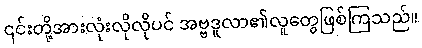
၎င်းတို့အားလုံးလိုလိုပင် အဗ္ဗဒူလာ၏လူတွေဖြစ်ကြသည်။